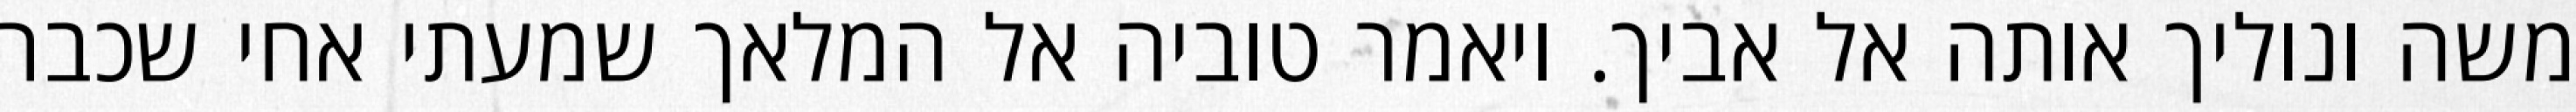
משה ונוליך אותה אל אביך. ויאמר טוביה אל המלאך שמעתי אחי שכבר